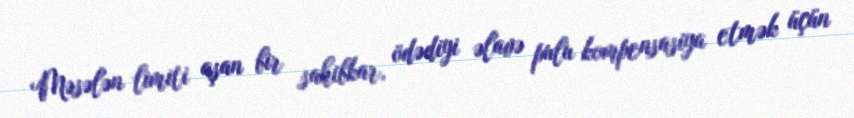
Məsələn limiti aşan bir sahibkar, ödədiyi əlavə pulu kompensasiya etmək üçün